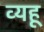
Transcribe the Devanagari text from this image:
व्यहू